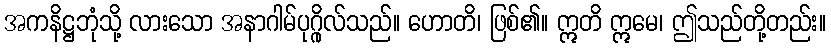
အကနိဋ္ဌဘုံသို့ လားသော အနာဂါမ်ပုဂ္ဂိုလ်သည်။ ဟောတိ၊ ဖြစ်၏။ ဣတိ ဣမေ၊ ဤသည်တို့တည်း။